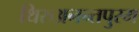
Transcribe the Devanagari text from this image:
थिरुअनन्तपुरम